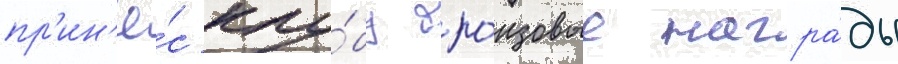
пр'ин'ё́с клу́бу бро́нзовые награ́ды